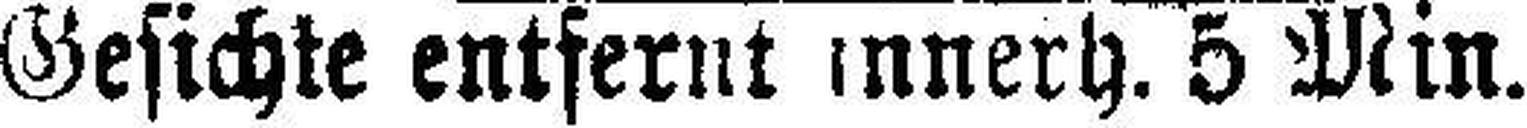
Gesichte entfernt innerh. 5 Min.